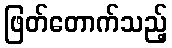
ဖြတ်တောက်သည့်